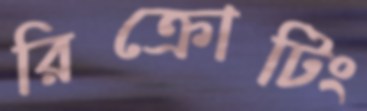
রিক্রোটিং